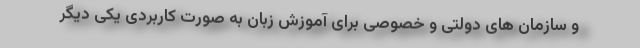
و سازمان های دولتی و خصوصی برای آموزش زبان به صورت کاربردی یکی دیگر